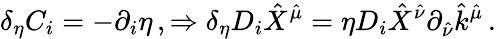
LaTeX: \delta_{\eta}C_{i}=-\partial_{i}\eta\, ,\Rightarrow\delta_{\eta}D_{i}\hat{X}^{\hat{\mu}}=\eta D_{i}\hat{X}^{\hat{\nu}}\partial_{\hat{\nu}}\hat{k}^{\hat{\mu}}\, .